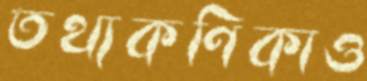
তথ্যকণিকাও